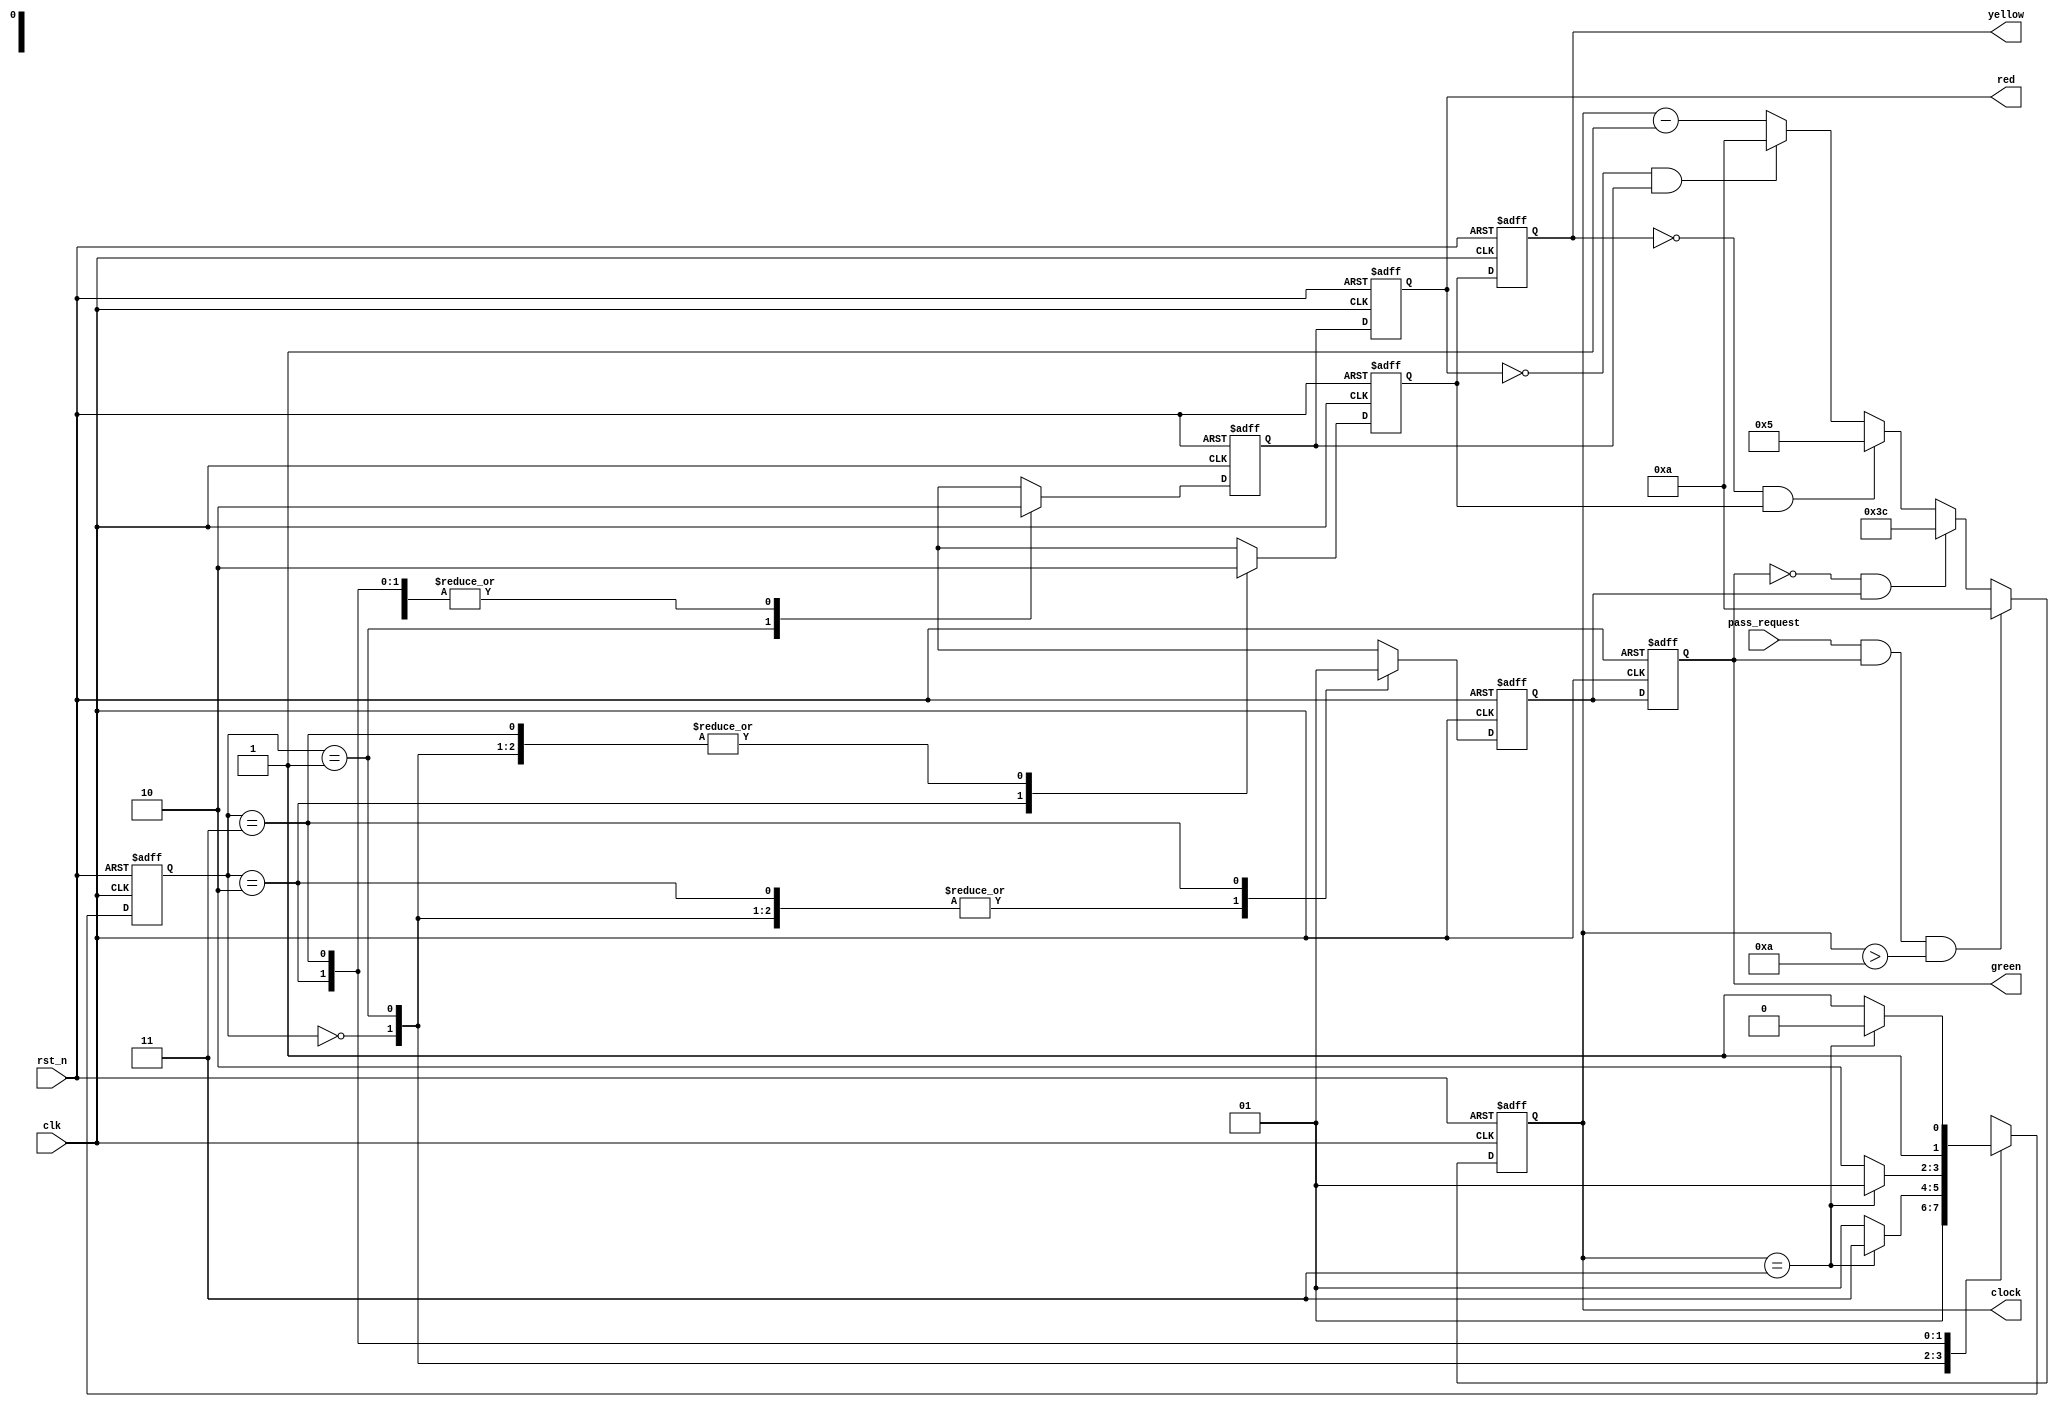
`timescale 1ns/1ns

module traffic_light
    (
      input rst_n, 
      input clk, 
      input pass_request,
      output wire[7:0]clock,
      output reg red,
      output reg yellow,
      output reg green
    );
	
	parameter 	idle = 2'd0,
				s1_red = 2'd1,
				s2_yellow = 2'd2,
				s3_green = 2'd3;
	reg [7:0] cnt;
	reg [1:0] state;
	reg p_red,p_yellow,p_green;	


always @(posedge clk or negedge rst_n) 
    begin
        if(!rst_n)
        begin
			state  = idle;
			p_red  = 1'b0;
			p_green  = 1'b0;
			p_yellow  = 1'b0;			
        end
        else case(state)
		idle:
			begin
				p_red  = 1'b0;
				p_green  = 1'b0;
				p_yellow  = 1'b0;
				state  = s1_red;
			end
		s1_red:
			begin
				p_red  = 1'b1;
				p_green  = 1'b0;
				p_yellow  = 1'b0;
				if (cnt == 3) //wait for a count of 3
					state  = s3_green;
				else
					state  = s1_red;
			end
		s2_yellow:
			begin
				p_red  = 1'b0;
				p_green  = 1'b0;
				p_yellow  = 1'b1;
				if (cnt == 3) //wait for a count of 3
					state  = s1_red;
				else
					state  = s2_yellow;
			end
		s3_green:
			begin
				p_red  = 1'b0;
				p_green  = 1'b1;
				p_yellow  = 1'b0;
				if (cnt == 3) //wait for a count of 3
					state  = s2_yellow;
				else
					state  = s3_green;
			end
		endcase
	end
 
always @(posedge clk or negedge rst_n) 
      if(!rst_n)
			cnt  = 7'd10;
		else if (pass_request&&green&&(cnt>10))
			cnt  = 7'd10;
		else if (!green&&p_green)
			cnt  = 7'd60;
		else if (!yellow&&p_yellow)
			cnt  = 7'd5;
		else if (!red&&p_red)
			cnt  = 7'd10;	
		else cnt  = cnt -1;
 assign clock = cnt;

always @(posedge clk or negedge rst_n) 
        if(!rst_n)
			begin
				yellow  = 1'd0;
				red  = 1'd0;
				green  = 1'd0;
			end
		else 
			begin
				yellow  = p_yellow;
				red  = p_red;
				green  = p_green;
			end		

endmodule